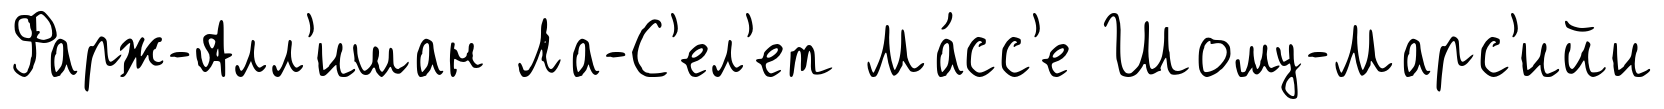
Фарж-Алл'ишан Ла-С'ел'ет Ма́сс'е Шому-Марс'ийи